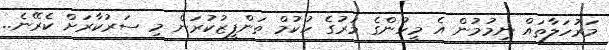
މަރުހަލާތައް ނިމުމުން އެ މީހުންގެ މަރުގެ ހުކުމް ތަންފީޒުކުރަން މި ސަރުކާރަށް ކެރޭނެ..